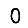
Digit: 0